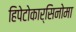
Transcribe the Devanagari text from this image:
हिपेटोकार्सिनोमा